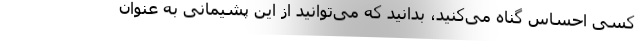
کسی احساس گناه می‌کنید، بدانید که می‌توانید از این پشیمانی به عنوان